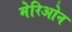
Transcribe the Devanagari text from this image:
मेरिओन